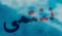
ننتمي